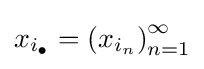
x_{i_{\bullet }}=\left(x_{i_{n}}\right)_{n=1}^{\infty }